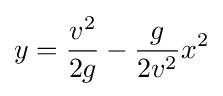
y={\frac {v^{2}}{2g}}-{\frac {g}{2v^{2}}}x^{2}